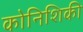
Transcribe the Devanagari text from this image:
कोनिशिकी